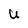
Character: U